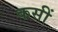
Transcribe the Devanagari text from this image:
कसीं